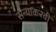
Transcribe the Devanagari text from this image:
सैन्याकरवी